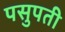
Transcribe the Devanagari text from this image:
पसुपती